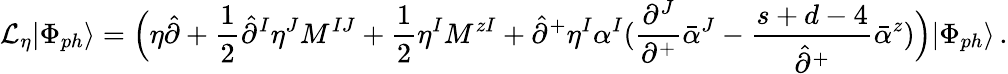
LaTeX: {\cal L}_{\eta}|\Phi_{ph}\rangle=\Bigl(\eta\hat{\partial}+\frac{1}{2}\hat{\partial}^{I}\eta^{J}M^{IJ}+\frac{1}{2}\eta^{I}M^{zI}+\hat{\partial}^{+}\eta^{I}\alpha^{I}(\frac{\partial^{J}}{\partial^{+}}\bar{\alpha}^{J}-\frac{s+d-4}{\hat{\partial}^{+}}\bar{\alpha}^{z})\Bigr)|\Phi_{ph}\rangle\, .